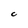
Character: C